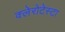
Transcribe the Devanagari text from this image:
क्लेरोटेस्टा